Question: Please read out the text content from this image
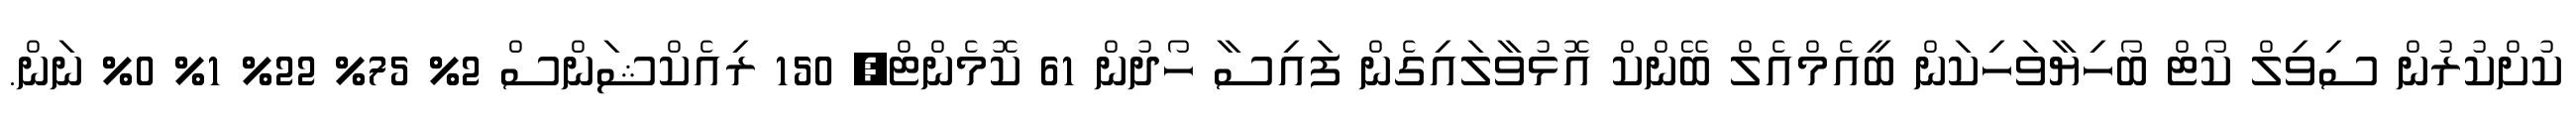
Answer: ކުށްކުރުން ސިވިލް ކޯޓް ބޯހިޔާވަހިކަން ބީއެމްއެލް ބޭންކް އޮޅުވާލައިގެން ފައިސާ ހޯދުން 61 ކޮމެންޓް, 150 ރިއެކްޝަންސް 2% 75% 22% 1% 0% ނަން.